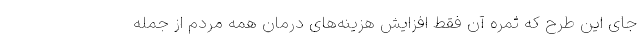
جای این طرح که ثمره آن فقط افزایش هزینه‌های درمان همه مردم از جمله